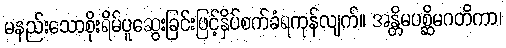
မနည်းသောစိုးရိမ်ပူဆွေးခြင်းဖြင့်နှိပ်စက်ခံရကုန်လျက်။ အန္တိမပစ္ဆိမဂတိကာ၊